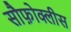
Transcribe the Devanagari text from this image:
सौफ़ोक्लीस